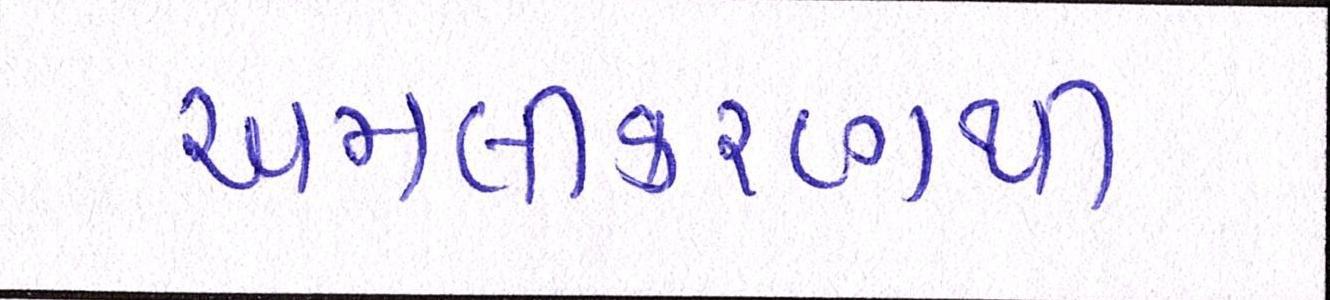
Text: અમલીકરણથી